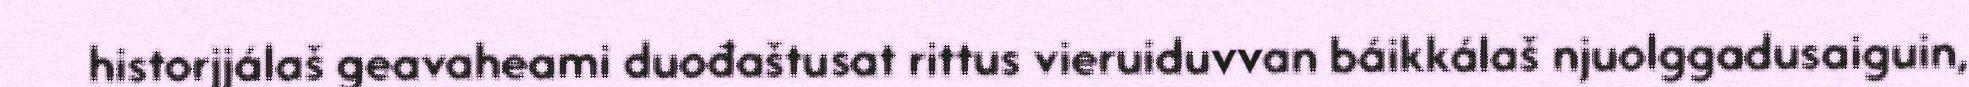
historjjálaš geavaheami duođaštusat rittus vieruiduvvan báikkálaš njuolggadusaiguin,